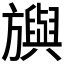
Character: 𣄣